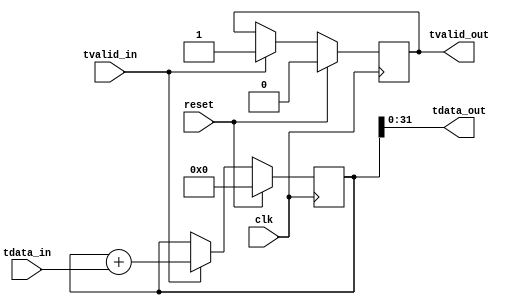
/* This is the traffic processor module. This
	accepts data coming in from the NoC and 
	accumulates it.
*/
module traffic_processor (
	clk,
	reset,
	tdata_in,
	tvalid_in,
	tdata_out,
	tvalid_out
);

/*****************Parameter Declarations********************/
parameter noc_dw = 32;

/*****************INPUT/OUTPUT Definition*******************/
input wire clk;
input wire reset;
input wire [noc_dw-1:0] tdata_in;
input tvalid_in;

output wire [noc_dw - 1 :0] tdata_out;
output tvalid_out;

/*******************Internal Variables**********************/
reg [noc_dw*2-1:0]		sum_reg;
reg valid_reg;
wire [noc_dw*2-1:0]		data_extended;

/******************Sequential Logic*************************/
/*
	This module will wait on the tvalid signal
	to indicate whether data is available to read
	in from the input. When the data is read in, it is
	then added to the output signal. The output will act
	as an accumulator.

*/
assign data_extended = {{noc_dw{1'b0}}, tdata_in};
// handle the accumulation
always @(posedge clk)
begin
	if (reset)begin
			sum_reg <= 0;
			valid_reg <= 1'b0;
			
		end
	else begin
			if (tvalid_in == 1'b1) begin
				sum_reg <= sum_reg + data_extended;
				valid_reg <= 1'b1;
			end
		end
end
		
/*******************Output Logic***************************/
assign tdata_out = sum_reg[31:0];
assign tvalid_out = valid_reg;

endmodule